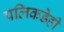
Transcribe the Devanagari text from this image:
पलिकडेही